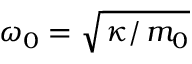
\omega _ { 0 } = \sqrt { \left. \kappa \right/ m _ { 0 } }